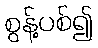
စွန့်ပစ်၍